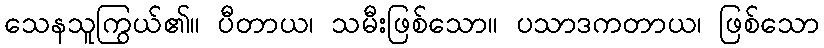
သေနသူကြွယ်၏။ ပီတာယ၊ သမီးဖြစ်သော။ ပသာဒကတာယ၊ ဖြစ်သော